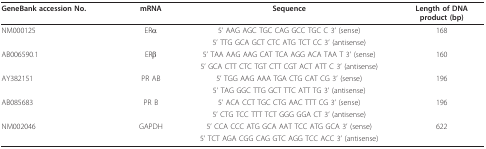
<table><thead><tr><td><b>GeneBank accession No.</b></td><td><b>mRNA</b></td><td><b>Sequence</b></td><td><b>Length of DNAproduct (bp)</b></td></tr></thead><tbody><tr><td>NM000125</td><td>ERα</td><td>5&#x27; AAG AGC TGC CAG GCC TGC C 3&#x27; (sense)</td><td>168</td></tr><tr><td></td><td></td><td>5&#x27; TTG GCA GCT CTC ATG TCT CC 3&#x27; (antisense)</td><td></td></tr><tr><td>AB006590.1</td><td>ERβ</td><td>5&#x27; TAA AAG AAG CAT TCA AGG ACA TAA T 3&#x27; (sense)</td><td>160</td></tr><tr><td></td><td></td><td>5&#x27; GCA CTT CTC TGT CTT CGT ACT ATT C 3&#x27; (antisense)</td><td></td></tr><tr><td>AY382151</td><td>PR AB</td><td>5&#x27; TGG AAG AAA TGA CTG CAT CG 3&#x27; (sense)</td><td>196</td></tr><tr><td></td><td></td><td>5&#x27; TAG GGC TTG GCT TTC ATT TG 3&#x27; (antisense)</td><td></td></tr><tr><td>AB085683</td><td>PR B</td><td>5&#x27; ACA CCT TGC CTG AAC TTT CG 3&#x27; (sense)</td><td>196</td></tr><tr><td></td><td></td><td>5&#x27; CTG TCC TTT TCT GGG GGA CT 3&#x27; (antisense)</td><td></td></tr><tr><td>NM002046</td><td>GAPDH</td><td>5&#x27; CCA CCC ATG GCA AAT TCC ATG GCA 3&#x27; (sense)</td><td>622</td></tr><tr><td></td><td></td><td>5&#x27; TCT AGA CGG CAG GTC AGG TCC ACC 3&#x27; (antisense)</td><td></td></tr></tbody></table>